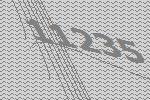
11235